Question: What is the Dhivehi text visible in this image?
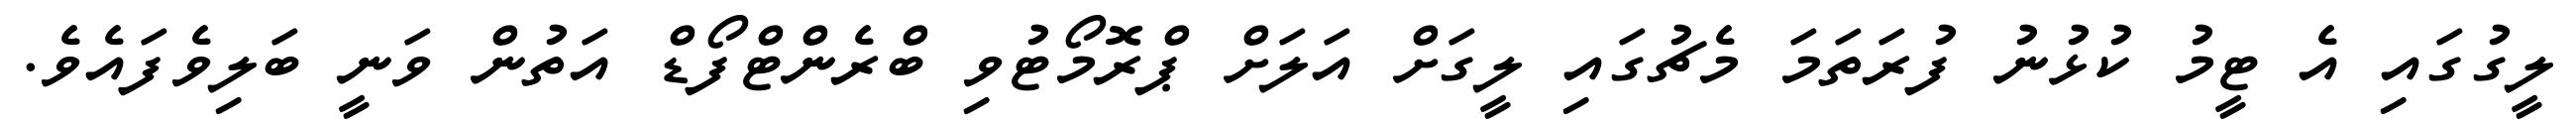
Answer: ލީގުގައި އެ ޓީމު ކުޅުނު ފުރަތަމަ މެޗުގައި ލީގަށް އަލަށް ޕްރޮމޯޓުވި ބްރެންޓްފޯޑް އަތުން ވަނީ ބަލިވެފައެވެ.